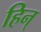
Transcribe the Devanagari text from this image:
हिन्